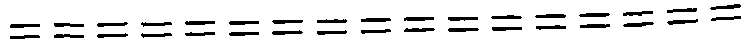
=================